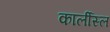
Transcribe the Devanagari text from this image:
कार्लीस्ल